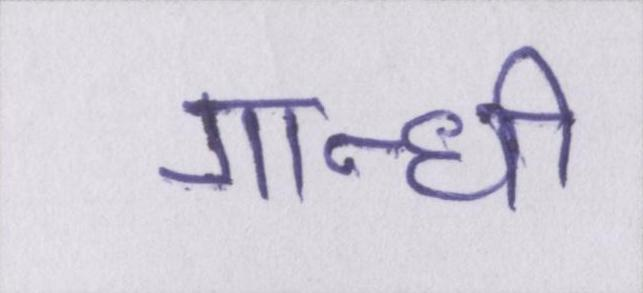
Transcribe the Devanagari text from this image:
गान्धी